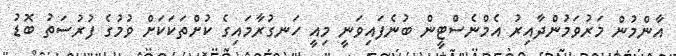
އާންމުން މަރުވަމުންދާއިރު އެމްނެސްޓީން ބުނެފައިވަނީ މިއީ ހަނގުރާމައިގެ ކުށްތަކަކަށް ވުމުގެ ފުރުސަތު ބޮޑު